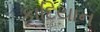
કાદિયાન